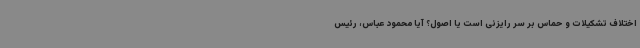
اختلاف تشکیلات و حماس بر سر رایزنی است یا اصول؟ آیا محمود عباس، رئیس